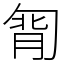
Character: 㔨